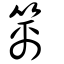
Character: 篱